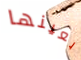
بعينها